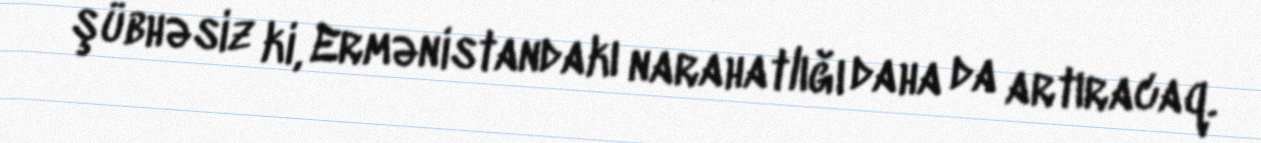
şübhəsiz ki, Ermənistandakı narahatlığı daha da artıracaq.